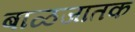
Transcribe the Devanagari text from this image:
बाळजातक